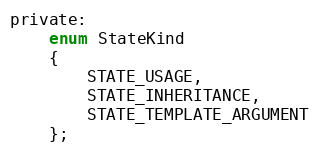
Language: C
private:
	enum StateKind
	{
		STATE_USAGE,
		STATE_INHERITANCE,
		STATE_TEMPLATE_ARGUMENT
	};